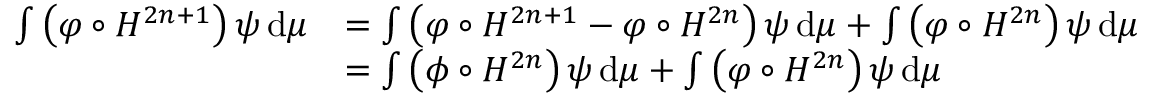
\begin{array} { r l } { \int \left( \varphi \circ H ^ { 2 n + 1 } \right) \psi \, \mathrm { d } \mu } & { = \int \left( \varphi \circ H ^ { 2 n + 1 } - \varphi \circ H ^ { 2 n } \right) \psi \, \mathrm { d } \mu + \int \left( \varphi \circ H ^ { 2 n } \right) \psi \, \mathrm { d } \mu } \\ & { = \int \left( \phi \circ H ^ { 2 n } \right) \psi \, \mathrm { d } \mu + \int \left( \varphi \circ H ^ { 2 n } \right) \psi \, \mathrm { d } \mu } \end{array}